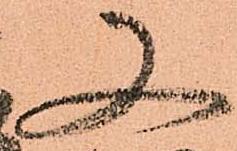
又